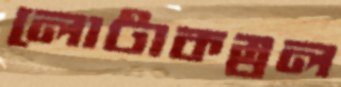
লোটাকম্বল